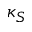
\kappa _ { S }